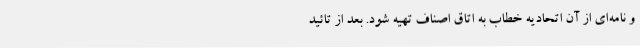
و نامه‌ای از آن اتحادیه خطاب به اتاق اصناف تهیه شود. بعد از تائید